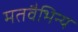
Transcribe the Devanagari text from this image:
मतवैभिन्य